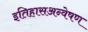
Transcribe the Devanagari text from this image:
इतिहासअन्वेषण